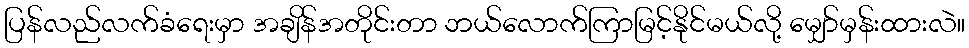
ပြန်လည်လက်ခံရေးမှာ အချိန်အတိုင်းတာ ဘယ်လောက်ကြာမြင့်နိုင်မယ်လို့ မျှော်မှန်းထားလဲ။